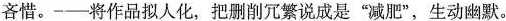
吝惜。——将作品拟人化，把删削冗繁说成是”减肥”，生动幽默。